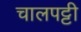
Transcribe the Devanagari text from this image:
चालपट्टी